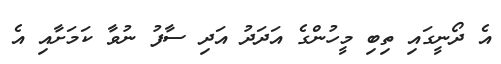
އެ ދޯނީގައި ތިބި މީހުންގެ އަދަދު އަދި ސާފު ނުވާ ކަމަށާއި އެ